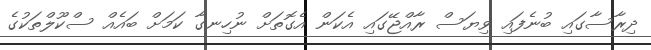
ދިރާސާގައި ބުނެފައި ވިޔަސް ރާއްޖޭގައި އެކަން އެގޮތަށް ނުހިނގާ ކަމަށް ބައެއް ސްކޫލްތަކުގެ